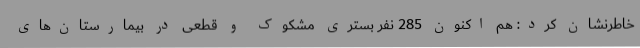
خاطرنشان کرد: هم اکنون 285 نفر بستری مشکوک و قطعی در بیمارستان‌های